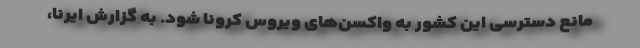
مانع دسترسی این کشور به واکسن‌های ویروس کرونا شود. به گزارش ایرنا،